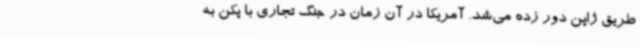
طریق ژاپن دور زده می‌شد. آمریکا در آن زمان در جنگ تجاری با پکن به